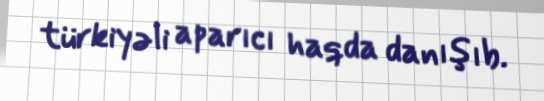
türkiyəli aparıcı haqda danışıb.